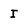
Character: I